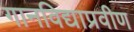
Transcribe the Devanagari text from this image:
गानविद्याप्रवीण